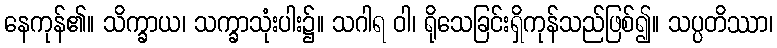
နေကုန်၏။ သိက္ခာယ၊ သက္ခာသုံးပါး၌။ သဂါရ ဝါ၊ ရိုသေခြင်းရှိကုန်သည်ဖြစ်၍။ သပ္ပတိဿာ၊